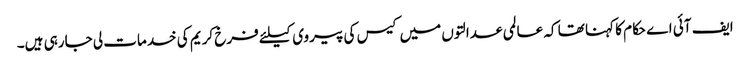
ایف آئی اے حکام کا کہنا تھا کہ عالمی عدالتوں میں کیس کی پیروی کیلئے فرخ کریم کی خدمات لی جارہی ہیں۔